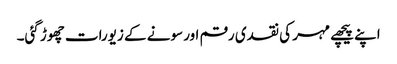
اپنے پیچھے مہر کی نقدی رقم اور سونے کے زیورات چھوڑ گئی۔